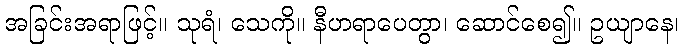
အခြင်းအရာဖြင့်။ သုရံ၊ သေကို။ နီဟရာပေတွာ၊ ဆောင်စေ၍။ ဥယျာနေ၊